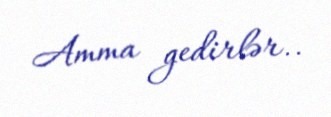
Amma gedirlər..